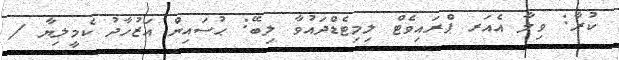
ކުރާ: ވިލާ އެއަރ ޕްރައިވެޓް ލިމިޓެޑްދައުވާ ލިބޭ: ޙުސައިން އަޒުހާދު ކެމީލިޔާ /